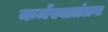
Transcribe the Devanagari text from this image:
कर्मस्वातंत्रय